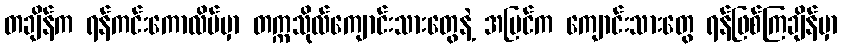
တချိန်က ရန်ကင်းကောလိပ်မှာ တက္ကသိုလ်ကျောင်းသားတွေနဲ့ အပြင်က ကျောင်းသားတွေ ရန်ဖြစ်ကြချိန်မှာ